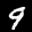
Label: 9